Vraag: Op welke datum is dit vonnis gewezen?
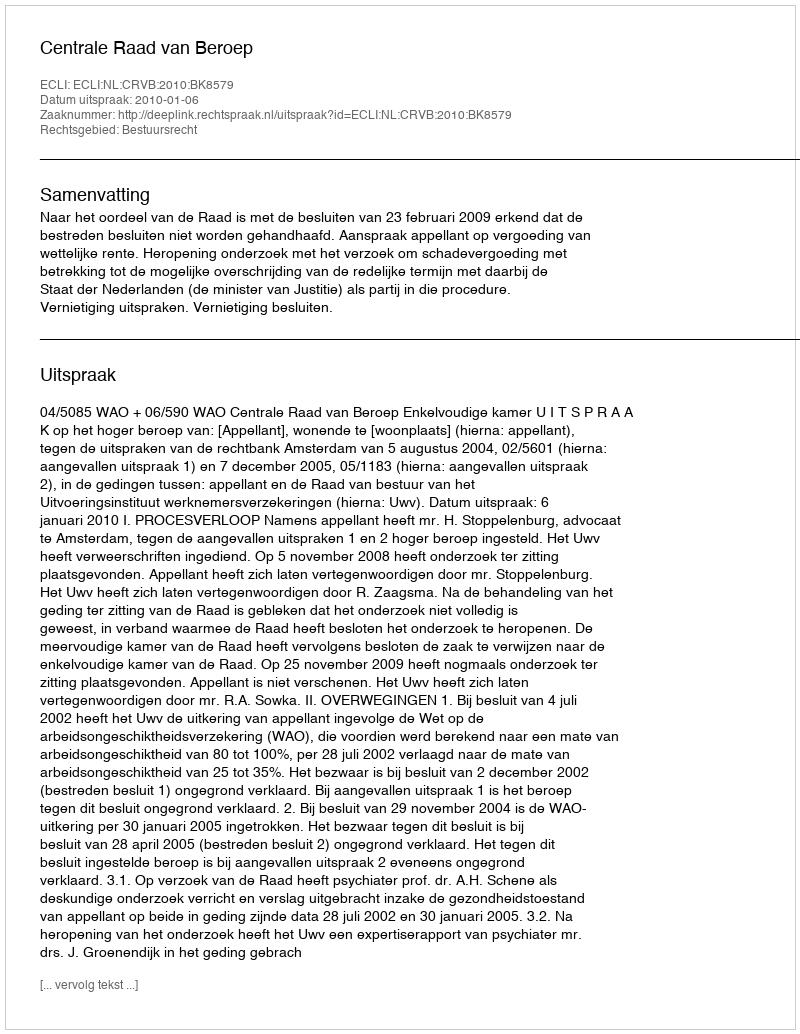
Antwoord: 2010-01-06